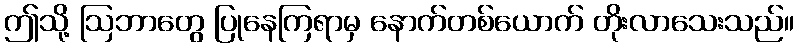
ဤသို့ ဩဘာတွေ ပြုနေကြရာမှ နောက်တစ်ယောက် တိုးလာသေးသည်။